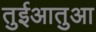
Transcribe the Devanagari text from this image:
तुईआतुआ